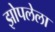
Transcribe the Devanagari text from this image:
झोपलेला